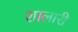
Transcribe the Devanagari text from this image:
शालारी